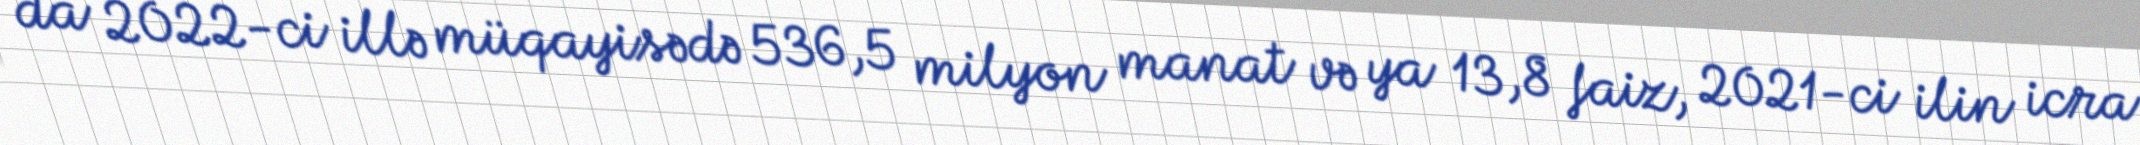
da 2022-ci illə müqayisədə 536,5 milyon manat və ya 13,8 faiz, 2021-ci ilin icra